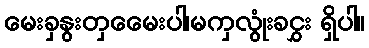
မေးခှနွးတှမေေးပါ၊မကှလွုံးခငွှး ရှိပါ။